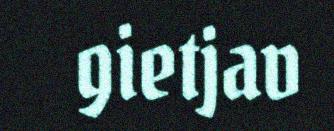
gietjav